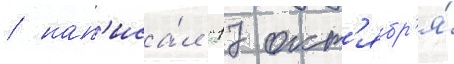
/ нап'иса́л "17 окт'ябр'я́